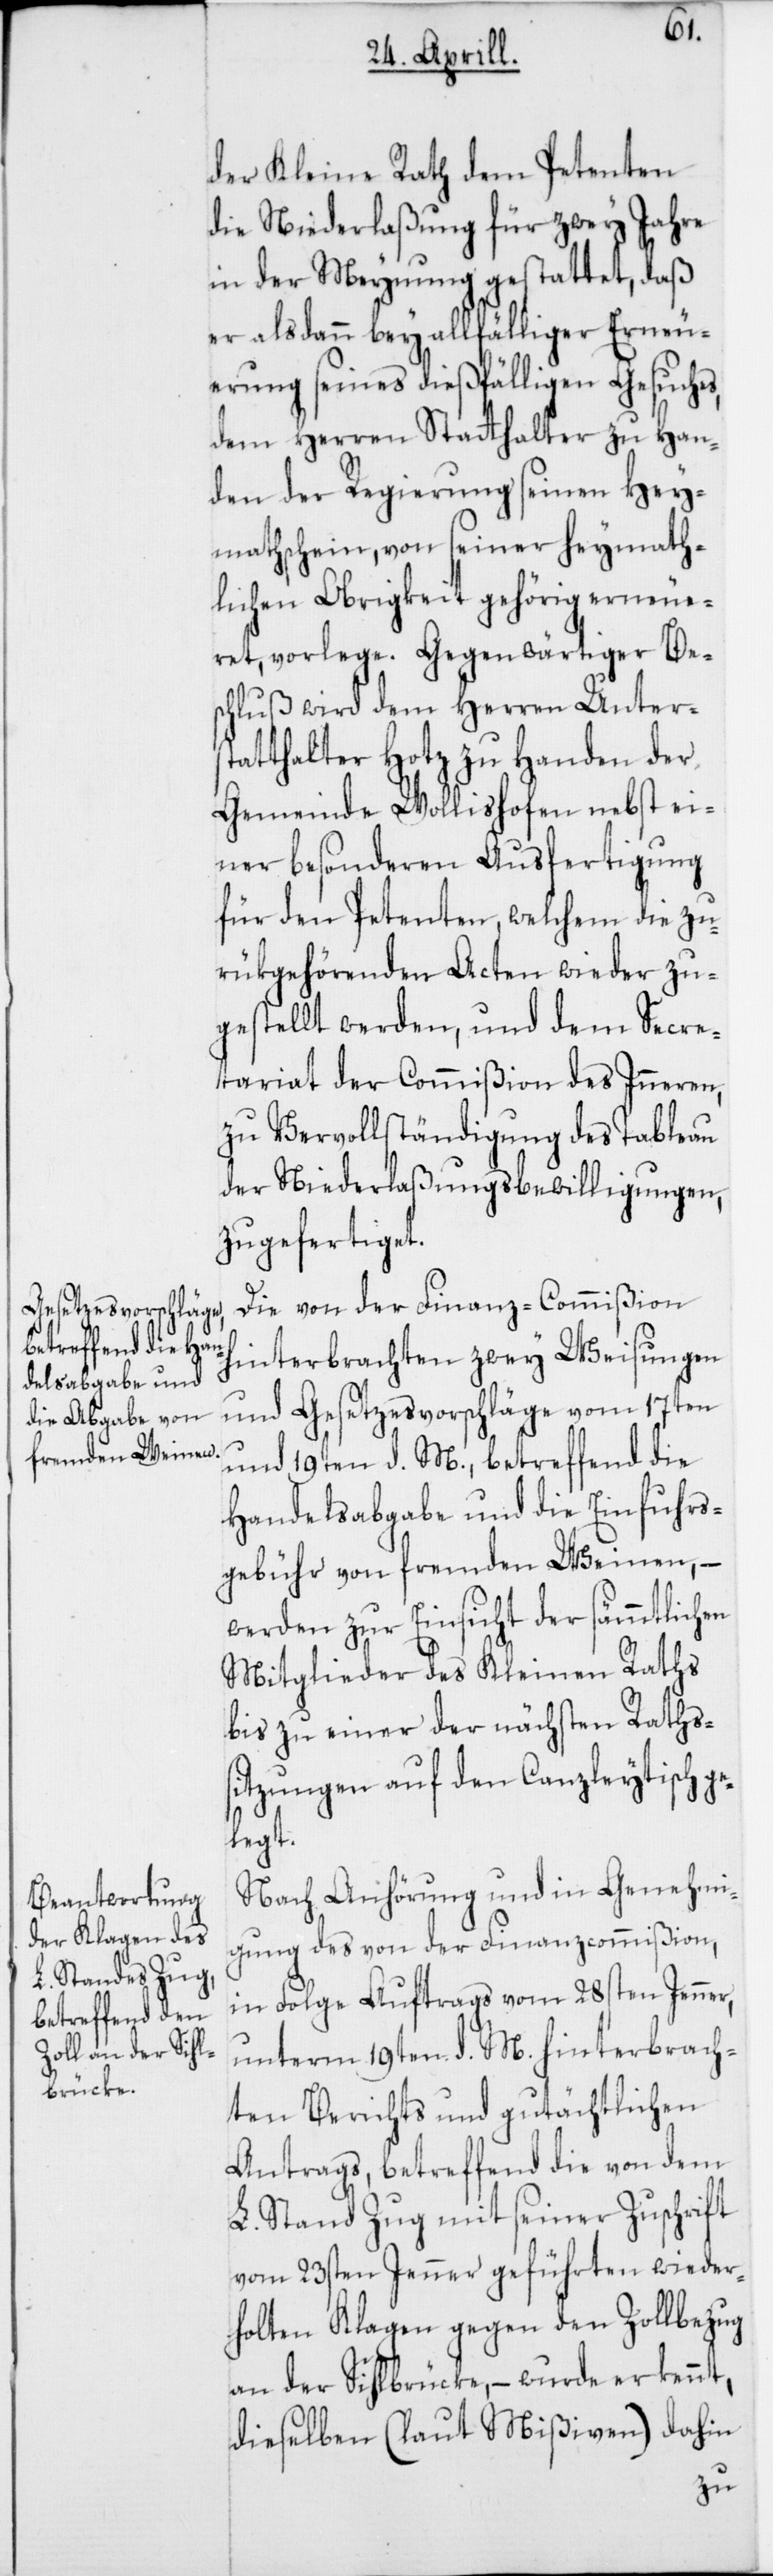
der Kleine Rath dem Petenten
die Niederlaßung für zwey Jahre
in der Meynung gestattet, daß
er alsdann bey allfähliger Erneu¬
erung seines dießfälligen Gesuches
dem Herren Stathalter zu Han¬
den der Regierung seinen Hey¬
mathschein, von seiner heymath¬
lichen Obrigkeit gehörig erneue¬
schluß wird dem Herren Unters¬
tatthalter Hotz zu Handen der
Gemeinde Wollishofen nebst ei¬
ner besonderen Ausfertigung
für den Petenten, welchem die zu¬
rükgehörenden Acten wieder zu¬
gestellt werden, und dem Secre¬
tariat der Commißion des Inneren,
zu Vervollständigung des Tableau
der Niederlaßungsbewilligungen,
zugefertiget.
Die von der Finanz-Commißion
hinterbrachten zwey Weisungen
und Gesetzesvorschläge vom 17ten
und 19ten d. M., betreffend die
Handelsabgabe und die Einfuhrs¬
gebühr von fremden Weinen, –
werden zur Einsicht der sämmtlichen
Mitglieder des Kleinen Raths
bis zu einer der nächsten Raths¬
ge¬
sitzungen auf den Canzleytisch
legt.
Nach Anhörung und in Genehmi¬
gung des von der Finanzcommißion,
in Folge Auftrags vom 28sten Jenner,
unterm 19ten d. M. hinterbrach¬
ten Berichts und gutächtlichen
Antrags, betreffend die von dem
L. Stand Zug mit seiner Zuschrift
vom 23sten Jenner geführten wieder¬
holten Klagen gegen den Zollbezug
an der Sihlbrücke, – wurde erkennt,
dieselben (laut Mißiven) dahin